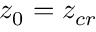
z _ { 0 } = z _ { c r }